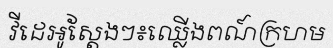
វីដេអូស្តែងៗ៖ឈ្លើងពណ៍ក្រហម